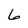
Character: 6